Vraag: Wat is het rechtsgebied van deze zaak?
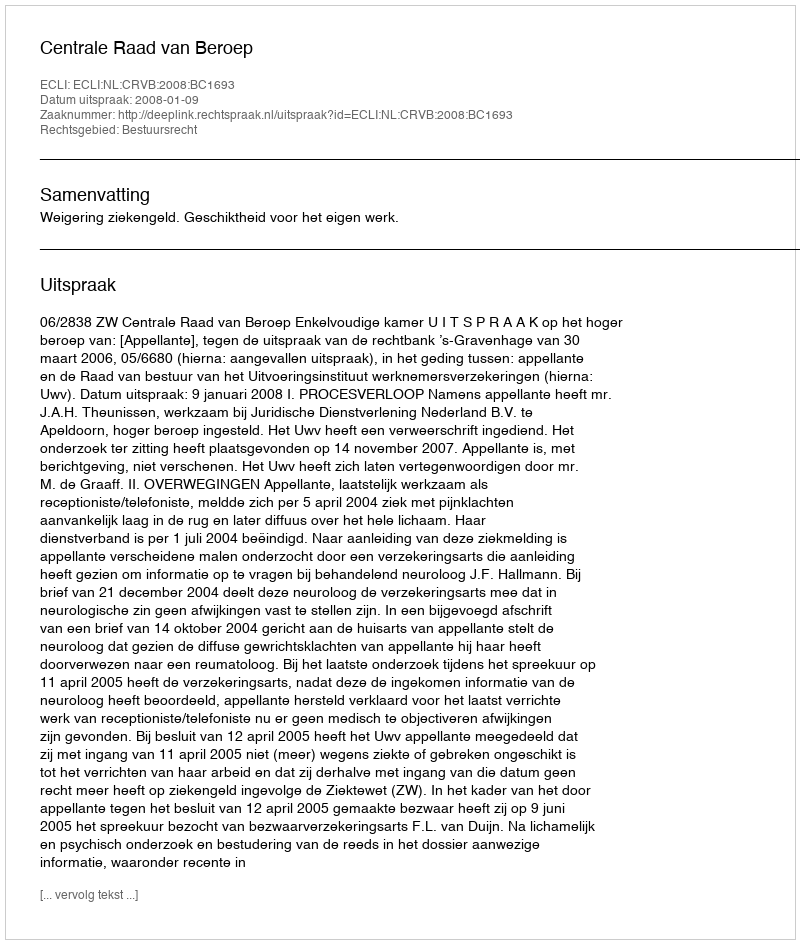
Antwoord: Bestuursrecht